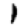
Digit: 1